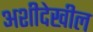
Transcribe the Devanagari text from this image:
अशीदेखील